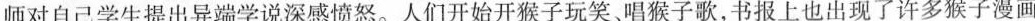
师对自己学生提出异端学说深感愤怒。人们开始开猴子玩笑唱猴子歌，书报上也出现了许多猴子漫画